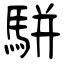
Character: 駢